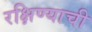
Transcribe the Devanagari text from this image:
रक्षिण्याची